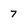
Character: 7